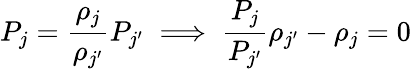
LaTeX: P_{j}=\frac{\rho_{j}}{\rho_{j^{\prime}}}P_{j^{\prime}}\implies\frac{P_{j}}{P_{j^{\prime}}}\rho_{j^{\prime}}-\rho_{j}=0